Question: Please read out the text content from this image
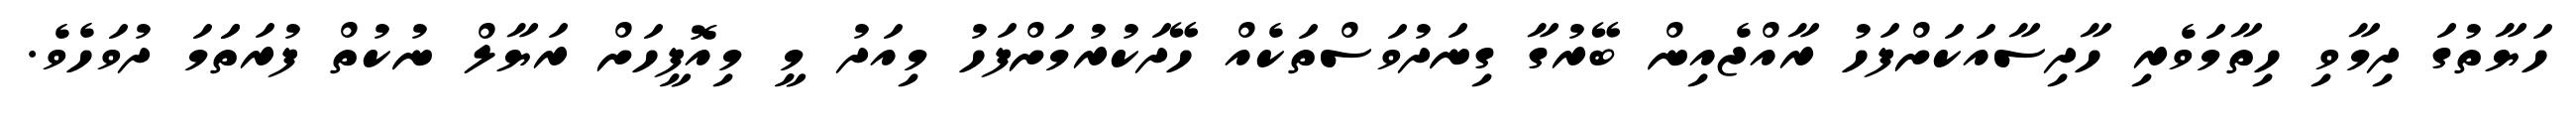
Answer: ހަޔާތުގަ ދިމާވި ހިތާމަވެރި ހާދިސާއަކަށްފަހު ރާއްޖެއިން ބޭރުގާ ގިނަދުވަސްތަކެއް ހޭދަކުރުމަށްފަހު މިއަދު މީ މިއޮފީހަށް ރަޔާލް ނުކުތް ފުރަތަަމަ ދުވަހެވެ.